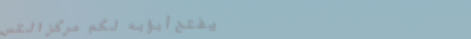
يفتح أبوابه لكم مركز التس